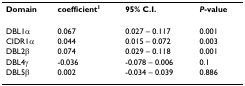
| Domain | coefficient1 | 95% C.I. | P-value |
 | --- | --- | --- | --- |
 | DBL1α | 0.067 | 0.027 – 0.117 | 0.001 |
 | CIDR1α | 0.044 | 0.015 – 0.072 | 0.003 |
 | DBL2β | 0.074 | 0.029 – 0.118 | 0.001 |
 | DBL4γ | -0.036 | -0.078 – 0.006 | 0.1 |
 | DBL5β | 0.002 | -0.034 – 0.039 | 0.886 |